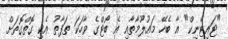
"ޓައިޓޭނިކް" އާ ބެހޭ މައުލޫމާތާއި އެ ބޯޓްގެ ވާހަކަ ތަފާތު އެކި ގޮތްގޮތަށް